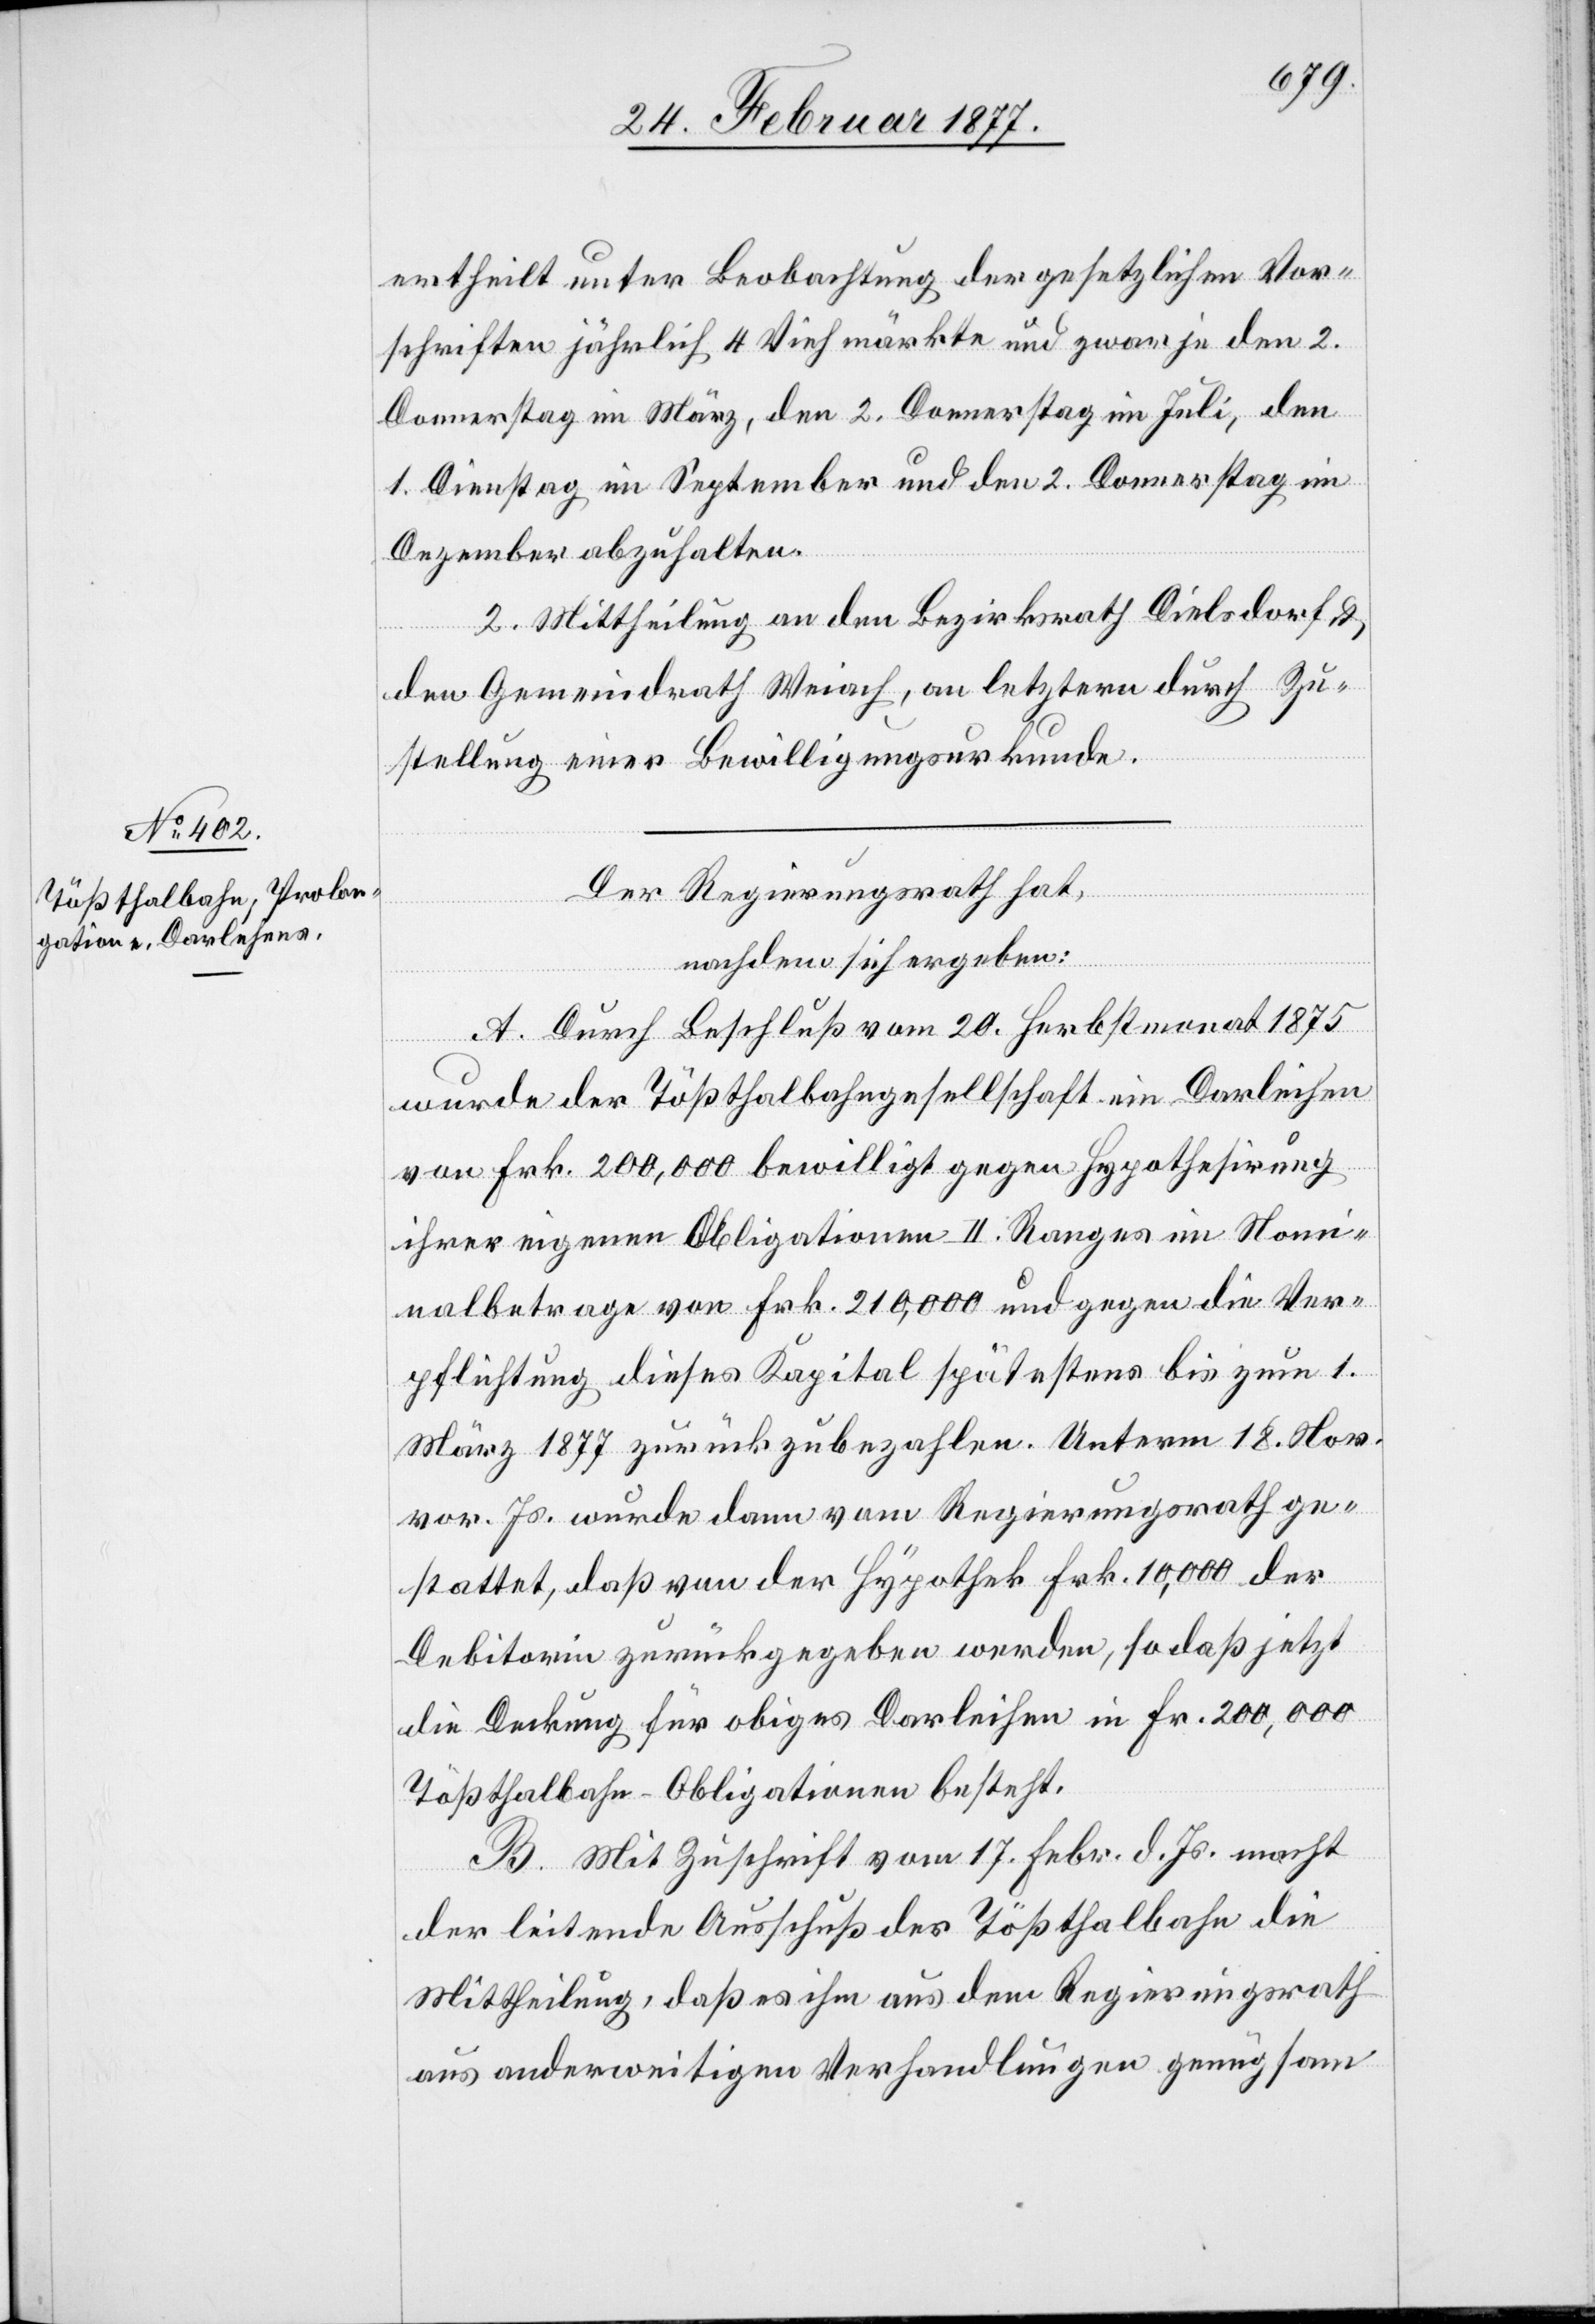
ertheilt unter Beobachtung der gesetzlichen Vor¬
Donnerstag im März, den 2. Donnerstag im Juli, den
1. Dienstag im September und den 2. Donnerstag im
Dezember abzuhalten.
2. Mittheilung an den Bezirksrath Dielsdorf &
den 2.
den Gemeindrath Weiach, an letztern durch Zu¬
stellung einer Bewilligungsurkunde.
Der Regierungsrath hat,
nachdem sich ergeben:
A. Durch Beschluß vom 20. Herbstmonat 1875
wurde der Tößthalbahngesellschaft ein Darleihen
von Frk. 200,000 bewilligt gegen Hypothesirung
ihrer eigenen Obligationen II. Ranges im Nomi¬
nalbetrage von Frk. 210,000 und gegen die Ver¬
pflichtung dieses Kapital spätestens bis zum 1.
März 1877 zurückzubezahlen. Unterm 18. Nov.
vor. Js. wurde dann vom Regierungsrath ge¬
stattet, daß von der Hypothek Frk. 10,000 der
Debitorin zurückgegeben werde, so daß jetzt
die Deckung für obiges Darleihen in Fr. 200,000
Tößthalbahn-Obligationen besteht.
B. Mit Zuschrift vom 17. Febr. d. Js. macht
der leitende Ausschuß der Tößthalbahn die
Mittheilung, daß es ihm aus dem Regierungsrath
aus anderweitigen Verhandlungen genügsam